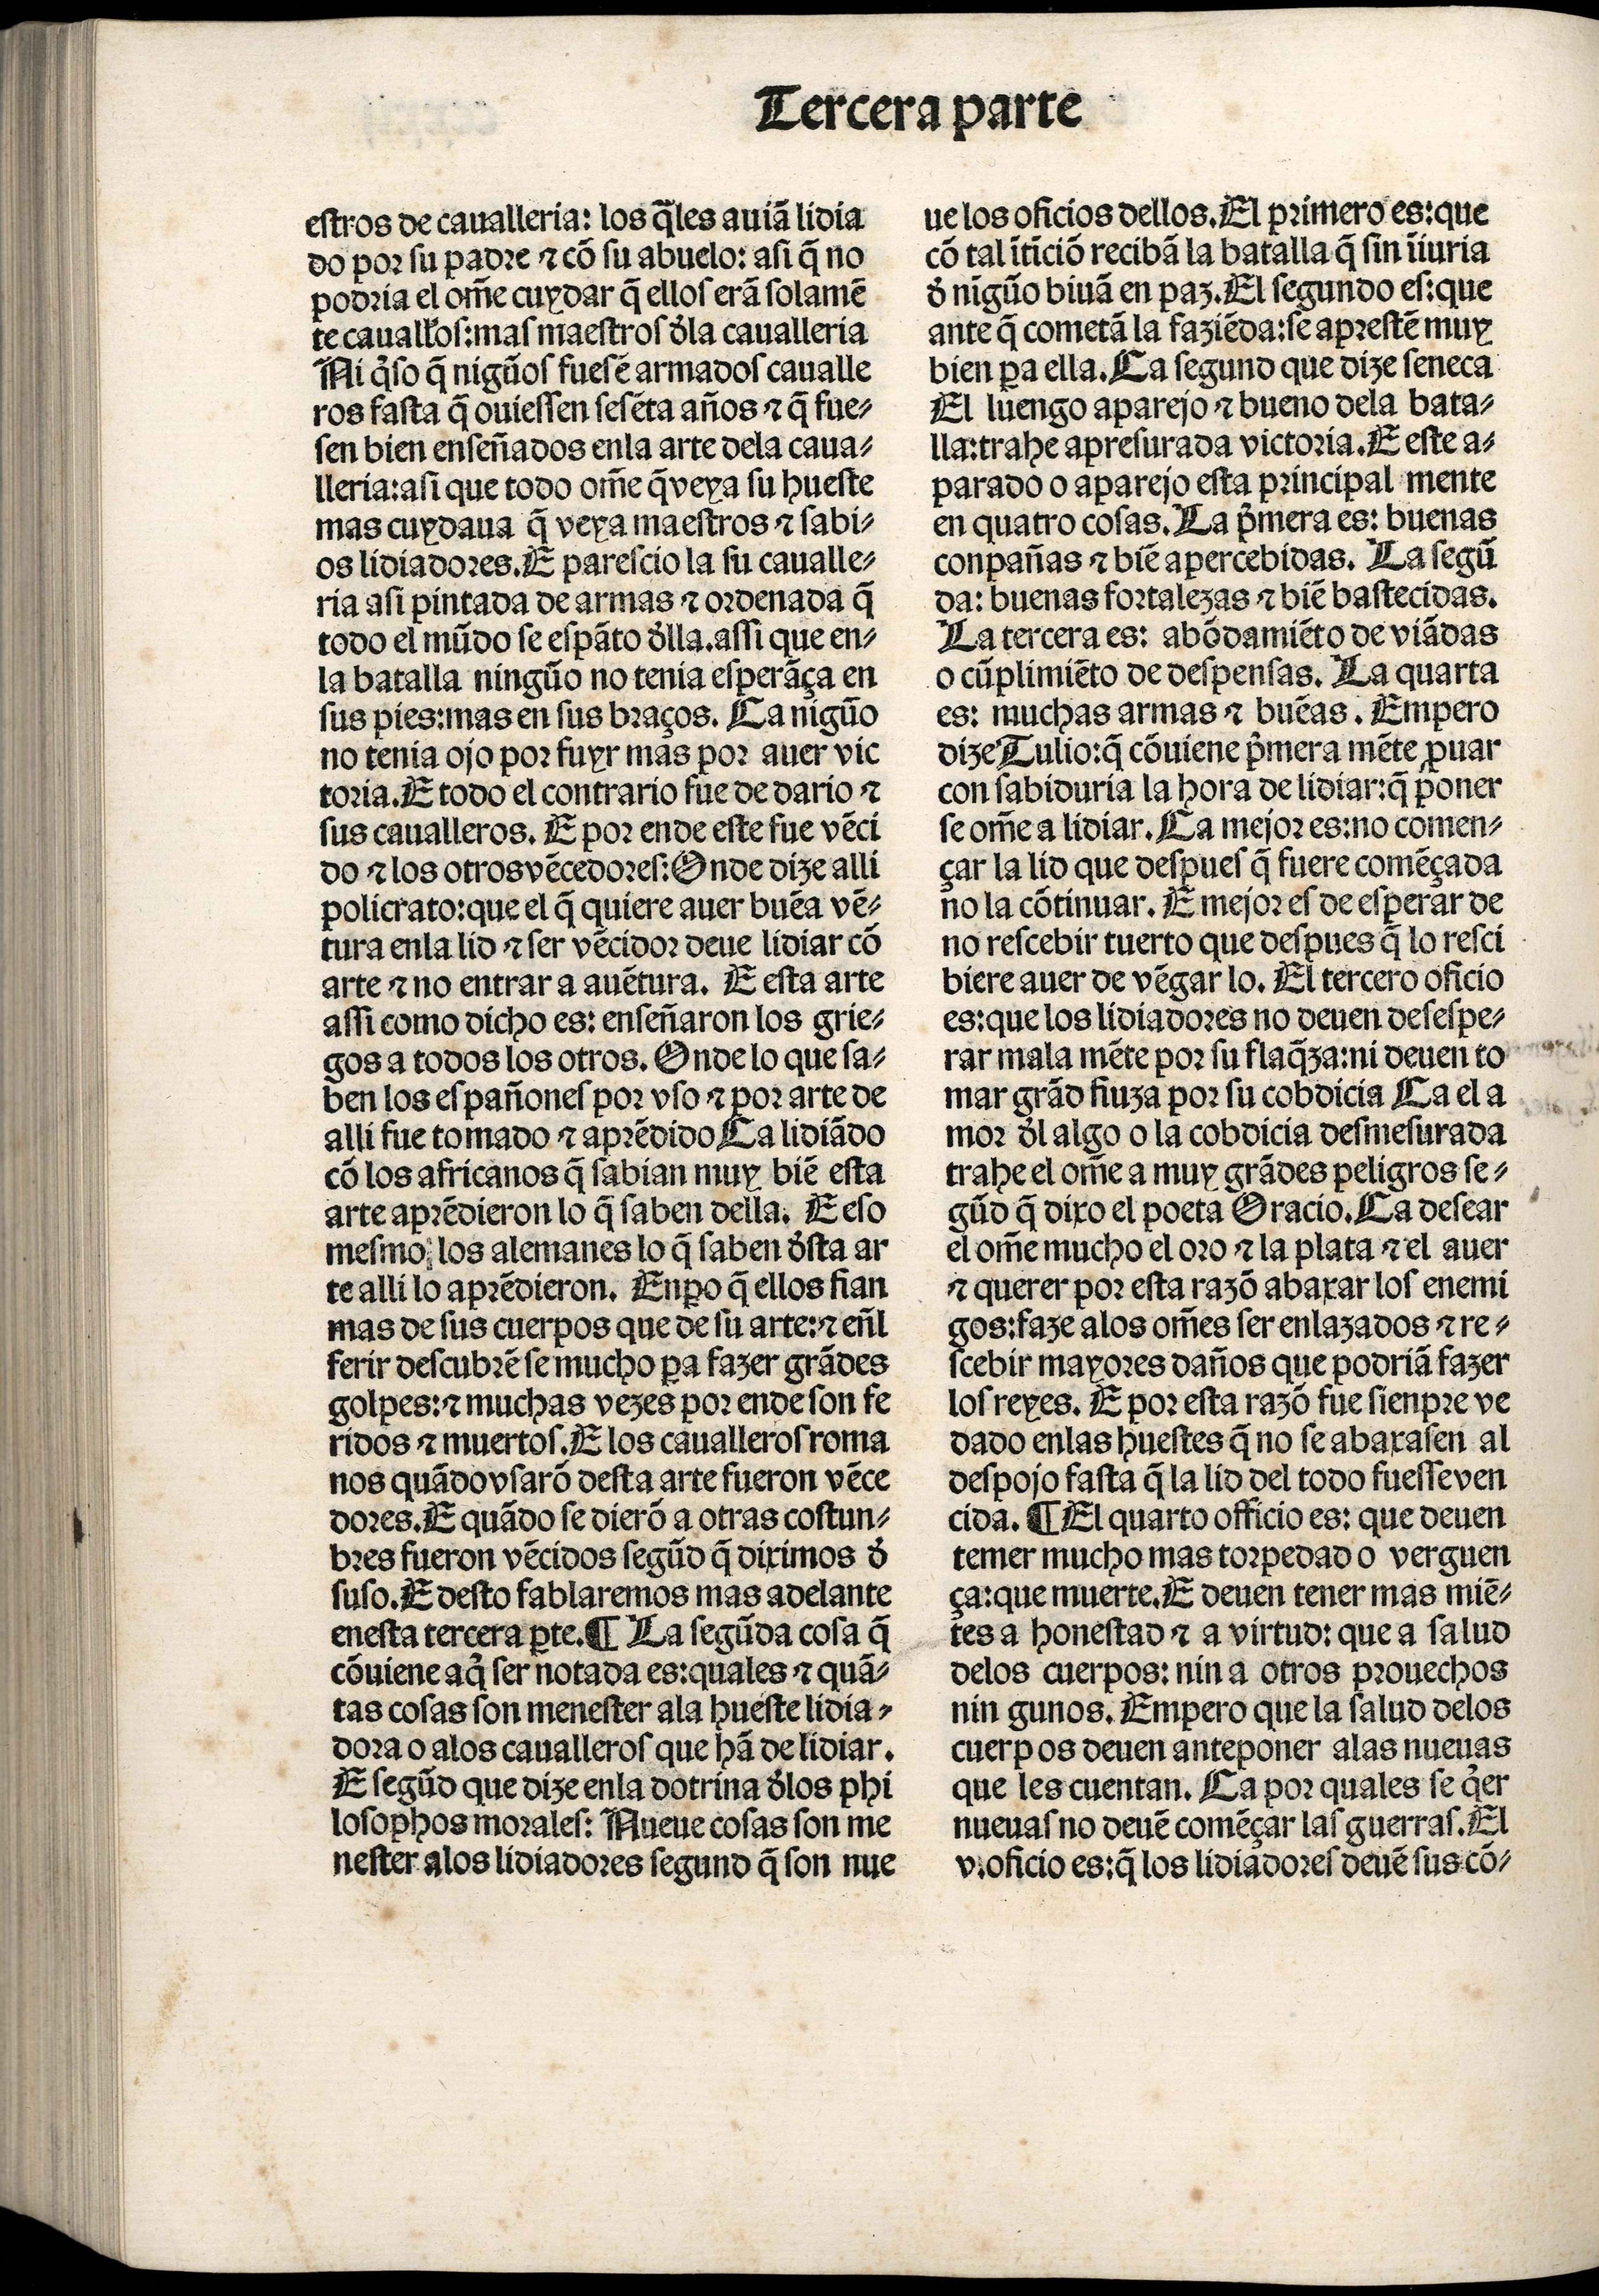
Shelfmark: Madrid, BNE, Inc. 901
Century: 15